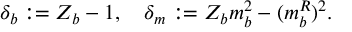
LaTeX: \delta _ { b } : = Z _ { b } - 1 , \quad \delta _ { m } : = Z _ { b } m _ { b } ^ { 2 } - ( m _ { b } ^ { R } ) ^ { 2 } .